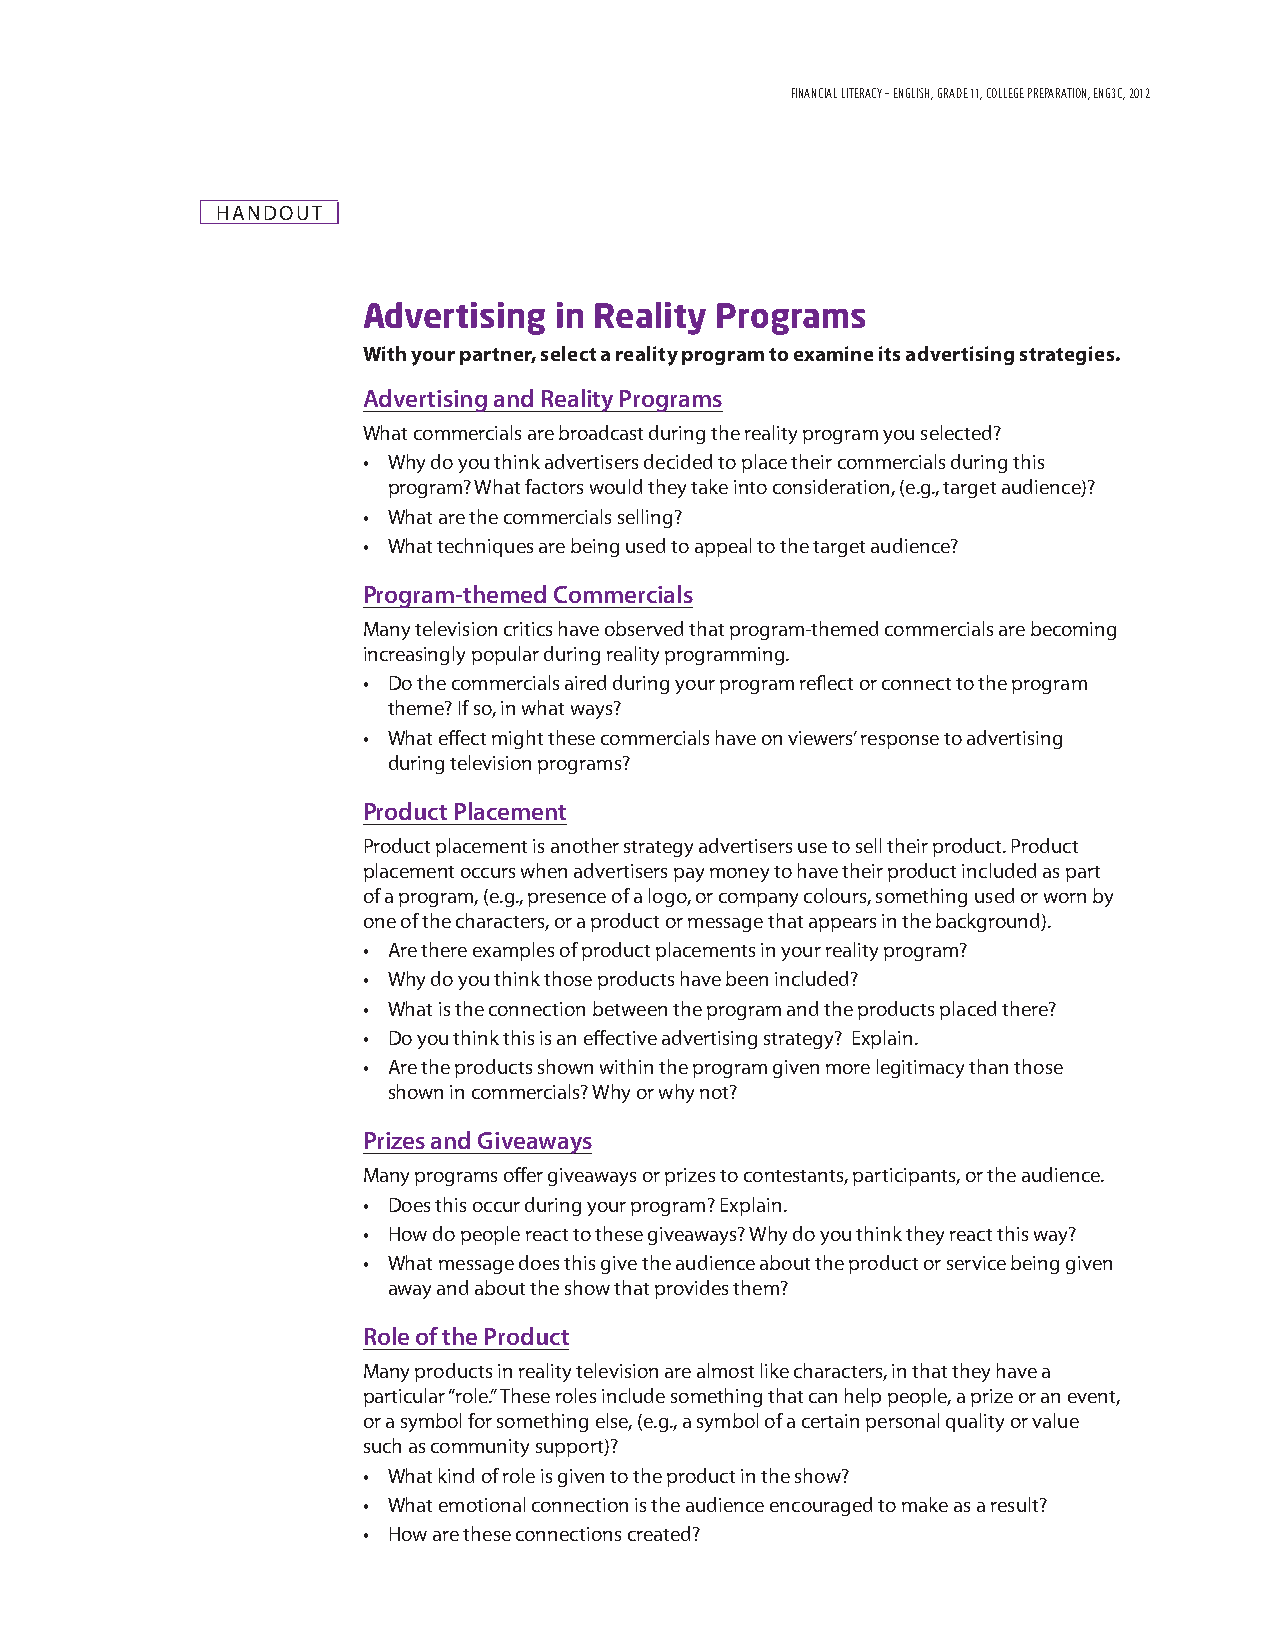
FINANCIAL LITERACY - ENGLISH, GRADE 11, COLLEGE PREPARATION, ENG3C, 2012
 HANDOUT
 Advertising  in Reality Programs
 With your partner, select a reality program to examine its advertising strategies.
 Advertising and Reality Programs
 What commercials are broadcast during the reality program you selected?
 • Why do you think advertisers decided to place their commercials during this
 program? What factors would they take into consideration, (e.g., target audience)?
 • What are the commercials selling?
 • What techniques are being used to appeal to the target audience?
 Program-themed Commercials
 Many television critics have observed that program-themed commercials are becoming
 increasingly popular during reality programming.
 • Do the commercials aired during your program reflect or connect to the program
 theme? If so, in what ways?
 • What effect might these commercials have on viewers’ response to advertising
 during television programs?
 Product Placement
 Product placement is another strategy advertisers use to sell their product. Product
 placement occurs when advertisers pay money to have their product included as part
 of a program, (e.g., presence of a logo, or company colours, something used or worn by
 one of the characters, or a product or message that appears in the background).
 • Are there examples of product placements in your reality program?
 • Why do you think those products have been included?
 • What is the connection between the program and the products placed there?
 • Do you think this is an effective advertising strategy? Explain.
 • Are the products shown within the program given more legitimacy than those
 shown in commercials? Why or why not?
 Prizes and Giveaways
 Many programs offer giveaways or prizes to contestants, participants, or the audience.
 • Does this occur during your program? Explain.
 • How do people react to these giveaways? Why do you think they react this way?
 • What message does this give the audience about the product or service being given
 away and about the show that provides them?
 Role of the Product
 Many products in reality television are almost like characters, in that they have a
 particular “role.” These roles include something that can help people, a prize or an event,
 or a symbol for something else, (e.g., a symbol of a certain personal quality or value
 such as community support)?
 • What kind of role is given to the product in the show?
 • What emotional connection is the audience encouraged to make as a result?
 • How are these connections created?